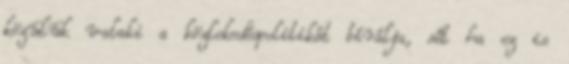
közülük valaki a közlekedéspolitikát bírálja, sőt ha ez is